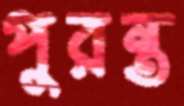
পুরন্ত